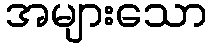
အများသော